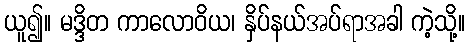
ယူ၍။ မဒ္ဒိတ ကာလောဝိယ၊ နှိပ်နယ်အပ်ရာအခါ ကဲ့သို့။